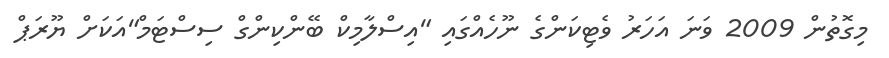
މިގޮތުން 2009 ވަނަ އަހަރު ވެޓިކަންގެ ނޫހެއްގައި "އިސްލާމިކް ބޭންކިންގް ސިސްޓަމް"އަކަށް ޔޫރަޕް